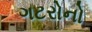
ગટરોનો